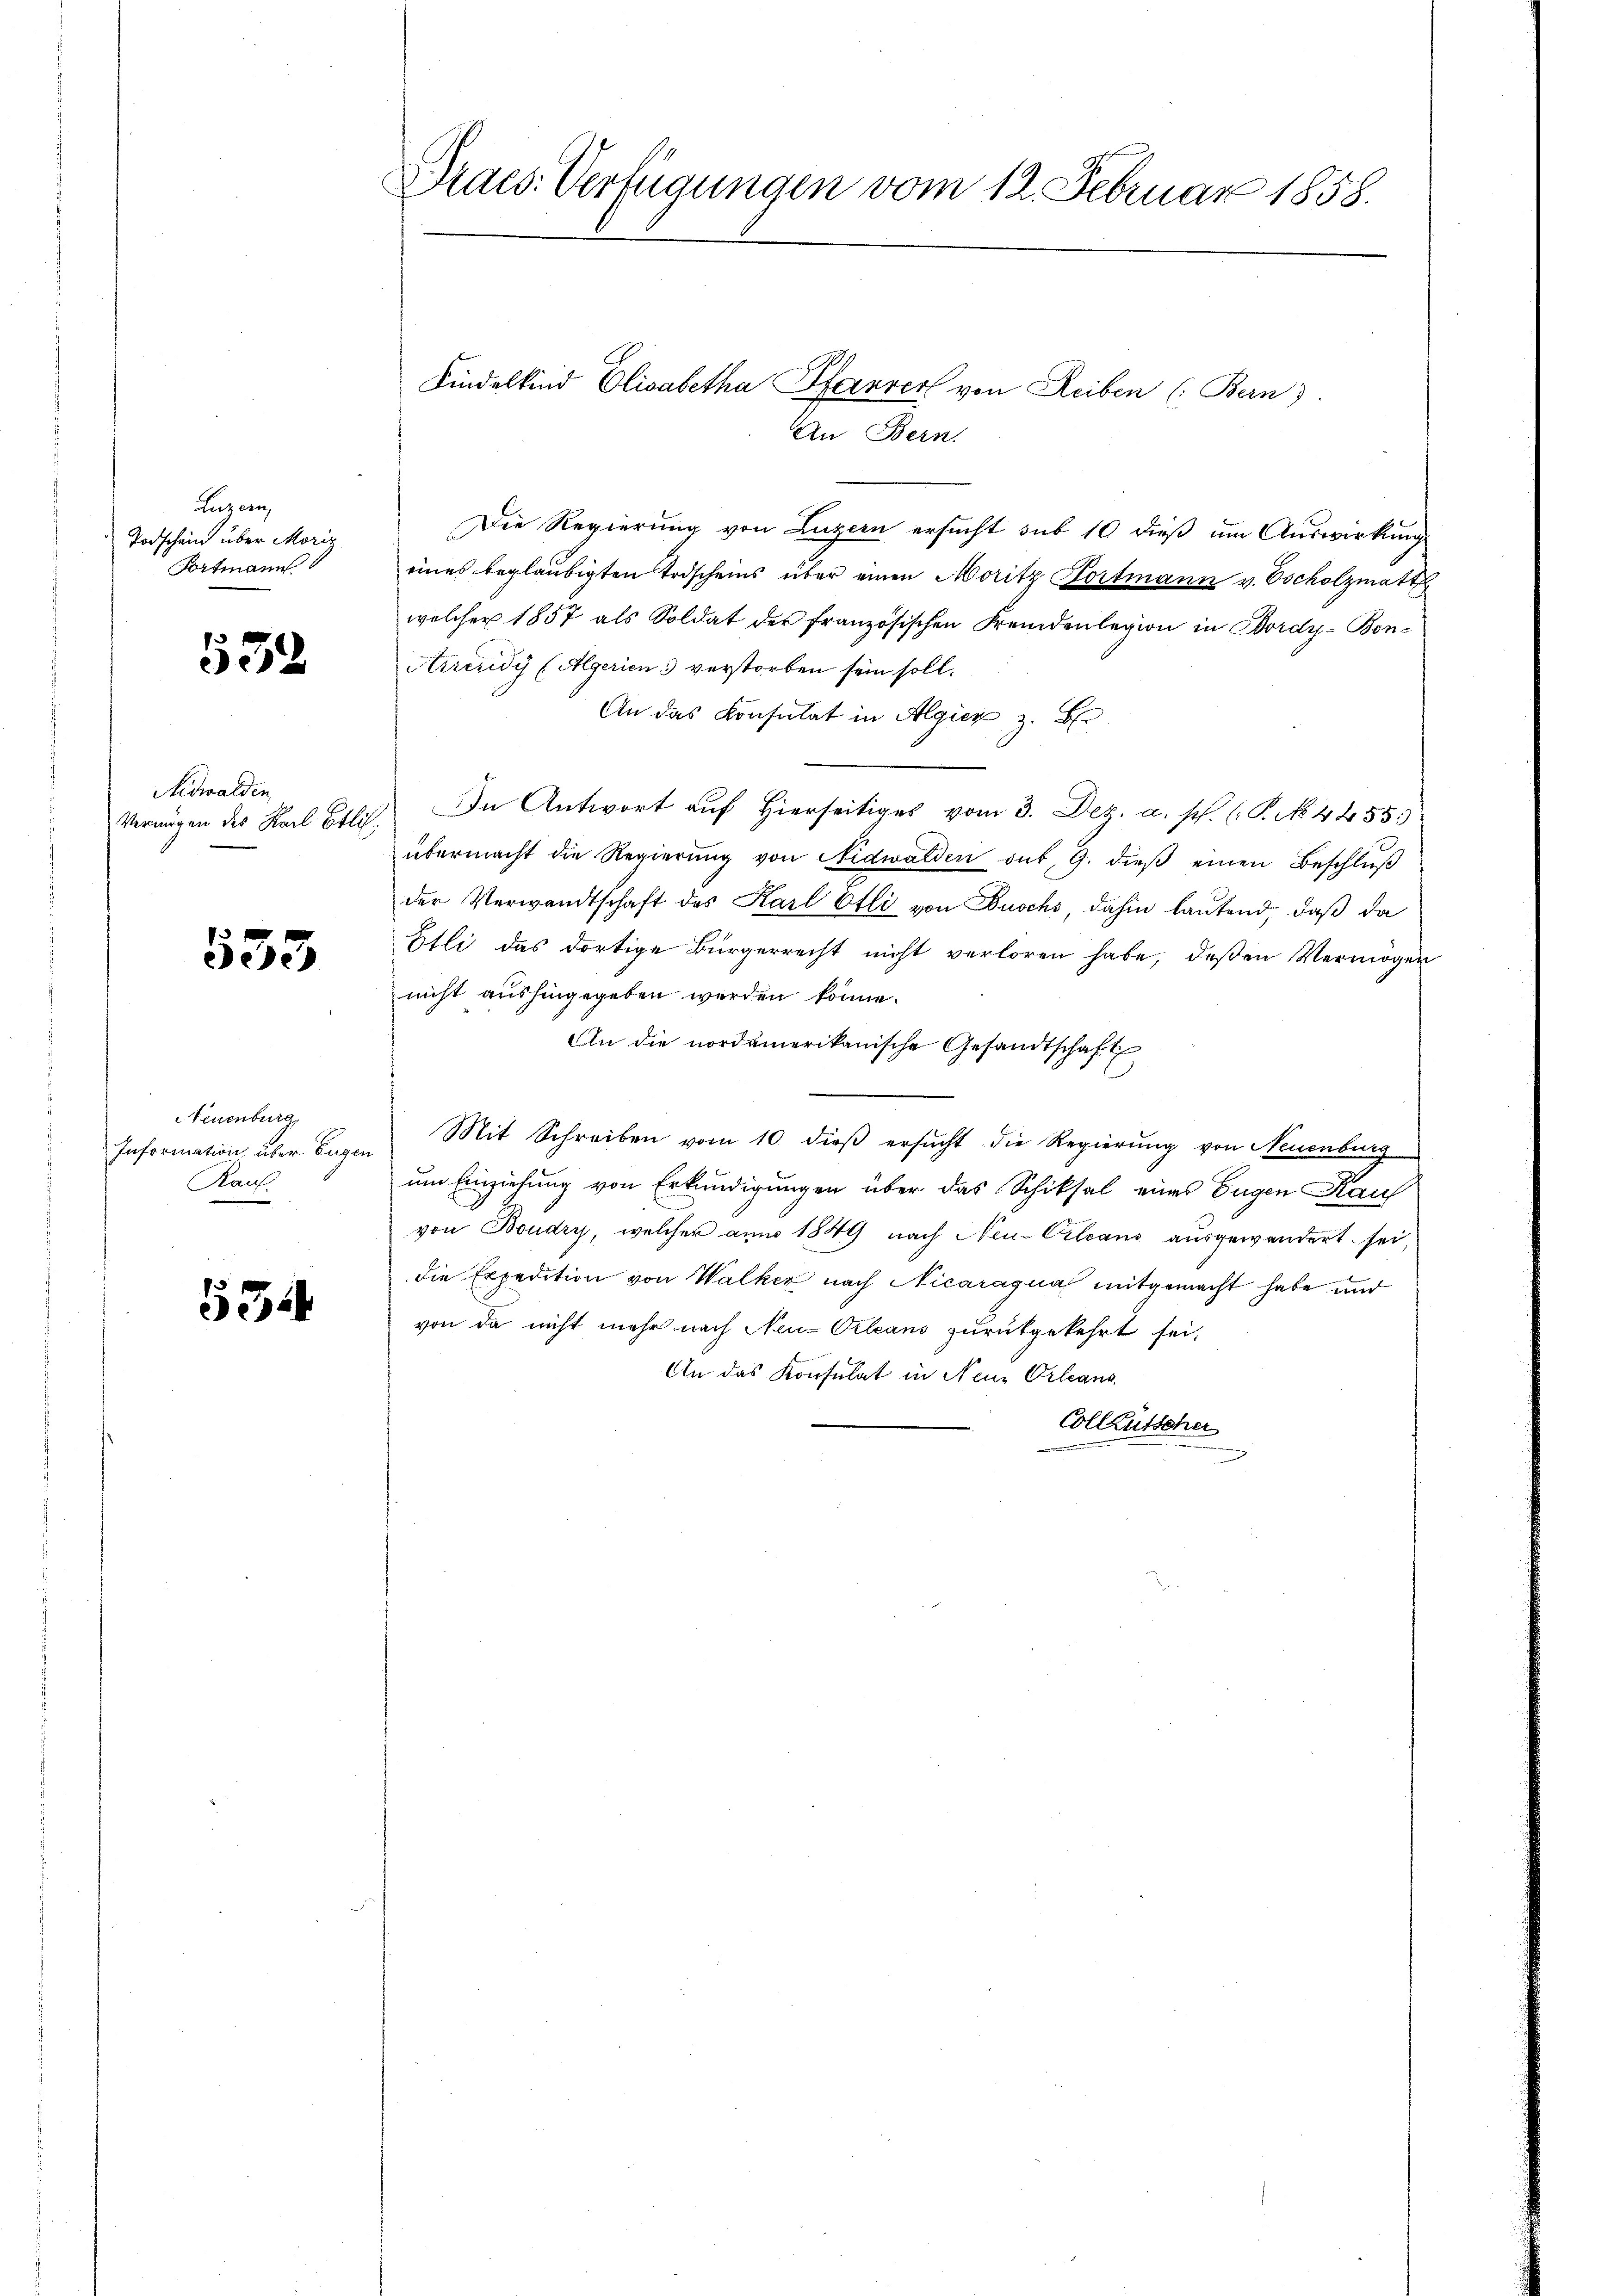
Luzern
Todschein über Moriz
Aortmann

132

Nidwalden
Vermögen des Karl Etlic

533

Neuenburg,
Information über Eugen
Kauf.

534

Praes. Verfügungen vom 12. Februar 1858.
Kindelkind Elisabetha Pfarrer von Reiben (Bern).
An Bern.

Die Regierung von Luzern ersucht sub 10 dieß um Auswirkung
eines beglaubigten Todscheins über einen Moritz Portmann v. Tscholzmatt
welcher 1857 als Soldat des französischen Fremdenlegion in Bordy-Bon¬
Ariéridy (Algerien 3 verstorben sein soll.
An das Konsulat in Algien z. B.
In Antwort auf Hierseitiges vom 3. Dez. a. s. (T. N. 4455.
übermacht die Regierung von Nidwalden out, 9. dieß einen Beschluß
der Verwandtschaft des Karl Otli von Buschs, dahin lautend, daß da
Etli das dortige Bürgerrecht nicht verloren habe, deßen Vermöger
nicht aushingegeben werden könne.
An die nordamerikanische Gesandtschaft
Mit Schreiben vom 10. dieβ ersŭcht die Regierŭng von Neuenburg
um Einziehung von Erkundigungen über das Schiksal eines Eugen Kauf
von Boudry, welcher anno 1849 nach Neu-Orleans ausgewandert sei,
die Expedition von Walker nach Nicaragua mitgemacht habe und
von da nicht mehr nach Neu-Orleans zurükgekehrt sei,
An das Konsulat in Neu Orleans
Colleütscher
ng